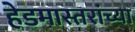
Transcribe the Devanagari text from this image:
हेडमास्तरांच्या